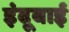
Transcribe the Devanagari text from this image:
इंदूबाई